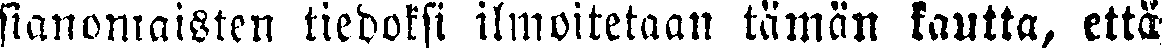
sianoniaisten tiedoksi ilmoitetaan tämän kautta, että